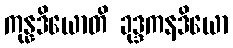
ကုန္နဒိယောတိ ခုဒ္ဒကနဒိယော